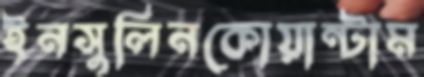
ইনসুলিনকোয়ান্টাম